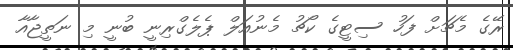
ރޭގެ މެޗަށް ފަހު ސިޓީގެ ކޯޗު މެނުއަލް ޕެލެގްރިނީ ބުނީ މި ނަތީޖާއާ